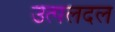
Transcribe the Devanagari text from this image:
उत्पलदल